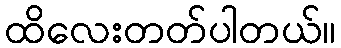
ထိလေးတတ်ပါတယ်။